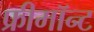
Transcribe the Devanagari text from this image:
फ्रीमॉन्‍ट